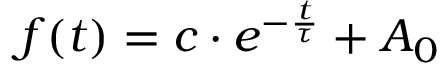
f ( t ) = c \cdot e ^ { - \frac { t } { \tau } } + A _ { 0 }